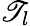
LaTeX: \mathscr{T}_{l}